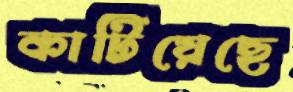
কাটিয়েছে